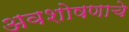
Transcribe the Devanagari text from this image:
अवशोषणाचे